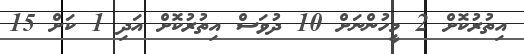
އިތުރުކޮށް 2 މީހުންނަށް 10 ދުވަސް އިތުރުކޮށް އަދި 1 ކަށް 15